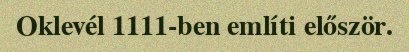
Oklevél 1111-ben említi először.